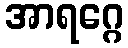
အာရဂ္ဂေ